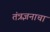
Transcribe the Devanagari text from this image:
तंत्रज्ञनाचा